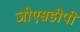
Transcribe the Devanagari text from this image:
जीएसडीपी